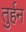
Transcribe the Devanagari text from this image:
तुर्हन